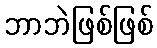
ဘာဘဲဖြစ်ဖြစ်